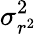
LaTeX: \sigma_{r^{2}}^{2}